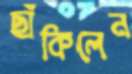
ছাঁকিলেন